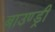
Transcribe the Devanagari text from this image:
बाउण्ड्री